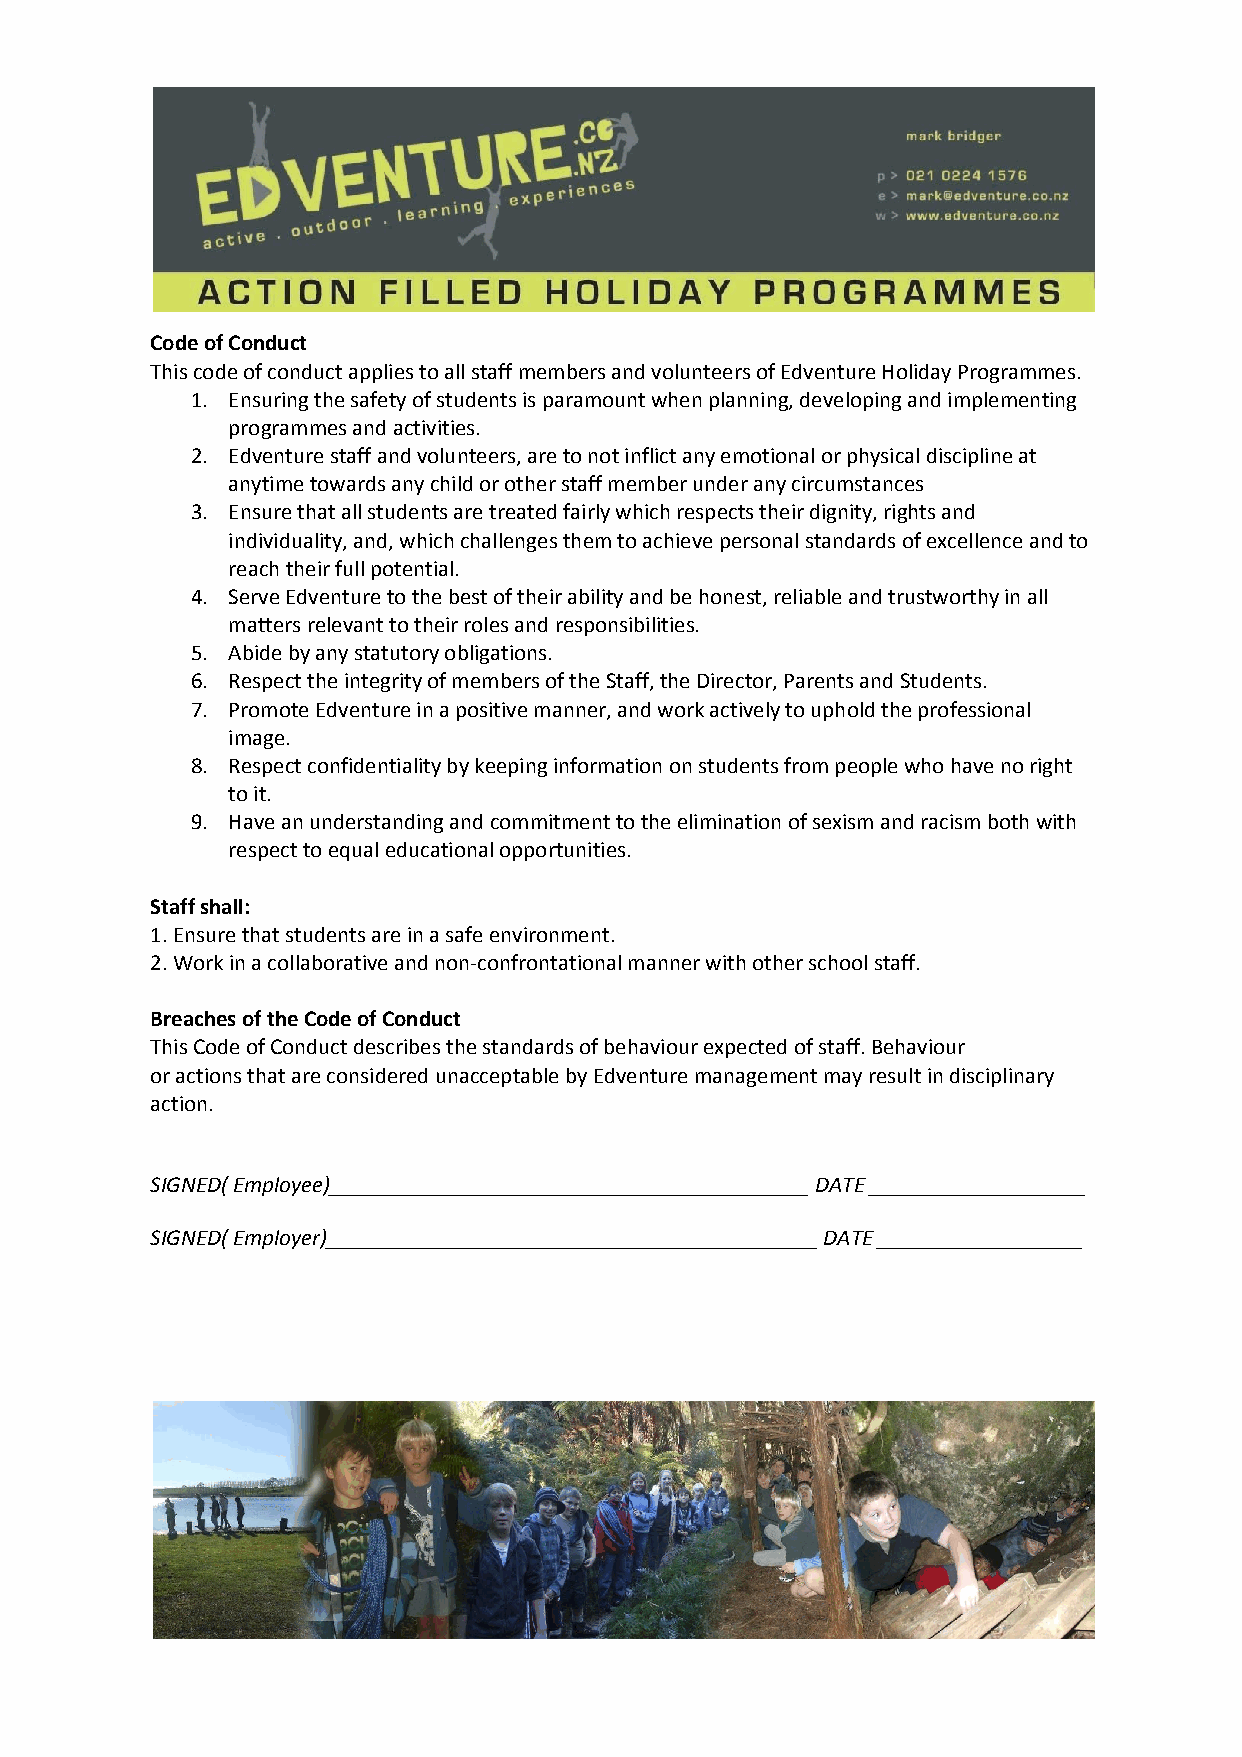
Code of Conduct
 This code of conduct applies to all staff members and volunteers of Edventure Holiday Programmes.
 1. Ensuring the safety of students is paramount when planning, developing and implementing
 programmes and activities.
 2. Edventure staff and volunteers, are to not inflict any emotional or physical discipline at
 anytime towards any child or other staff member under any circumstances
 3. Ensure that all students are treated fairly which respects their dignity, rights and
 individuality, and, which challenges them to achieve personal standards of excellence and to
 reach their full potential.
 4. Serve Edventure to the best of their ability and be honest, reliable and trustworthy in all
 matters relevant to their roles and responsibilities.
 5. Abide by any statutory obligations.
 6. Respect the integrity of members of the Staff, the Director, Parents and Students.
 7. Promote Edventure in a positive manner, and work actively to uphold the professional
 image.
 8. Respect confidentiality by keeping information on students from people who have no right
 to it.
 9. Have an understanding and commitment to the elimination of sexism and racism both with
 respect to equal educational opportunities.
 Staff shall:
 1. Ensure that students are in a safe environment.
 2. Work in a collaborative and non-confrontational manner with other school staff.
 Breaches of the Code of Conduct
 This Code of Conduct describes the standards of behaviour expected of staff. Behaviour
 or actions that are considered unacceptable by Edventure management may result in disciplinary
 action.
 SIGNED( Employee)__________________________________________ DATE ___________________
 SIGNED( Employer)___________________________________________ DATE __________________